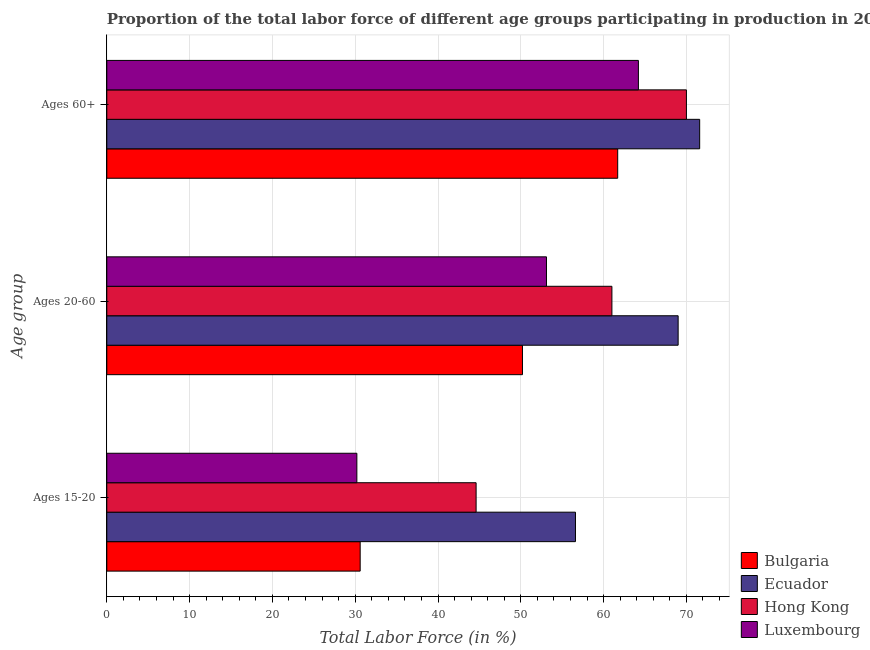
| Age group | Bulgaria | Ecuador | Hong Kong | Luxembourg |
 | --- | --- | --- | --- | --- |
 | Ages 15-20 | 30.6 | 56.6 | 44.6 | 30.2 |
 | Ages 20-60 | 50.2 | 69 | 61 | 53.1 |
 | Ages 60+ | 61.7 | 71.6 | 70 | 64.2 |